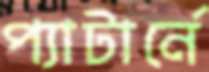
প্যাটার্নে